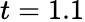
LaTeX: t=1.1